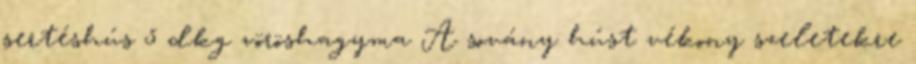
sertéshús 5 dkg vöröshagyma A sovány húst vékony szeletekre